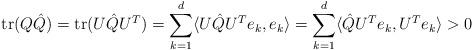
LaTeX: \begin{align*}\mathrm{tr}(Q\hat{Q})=\mathrm{tr}(U\hat{Q}U^T)=\sum_{k=1}^d \langle U\hat{Q}U^Te_k,e_k\rangle=\sum_{k=1}^d \langle \hat{Q}U^Te_k,U^Te_k\rangle >0\end{align*}